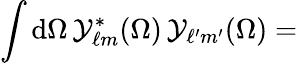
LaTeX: \int\mathrm{d}\Omega\, {\cal Y}_{\ell m}^{\ast}(\Omega)\, {\cal Y}_{\ell^{\prime}m^{\prime}}(\Omega)=